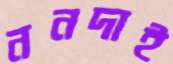
ননদাই